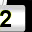
Digit: 2